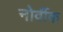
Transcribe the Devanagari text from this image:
नोर्वीक